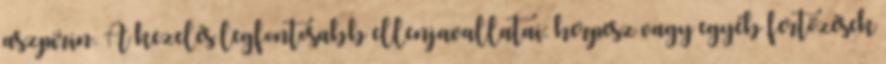
aszpirin. A kezelés legfontosabb ellenjavallatai: herpesz vagy egyéb fertőzések